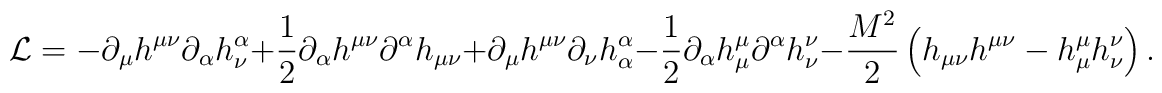
{\cal L}=-\partial _{\mu }h^{\mu \nu }\partial _{\alpha }h_{\nu}^{\alpha }+ \frac{1}{2}\partial _{\alpha }h^{\mu \nu }\partial^{\alpha }h_{\mu \nu }+\partial _{\mu }h^{\mu \nu }\partial _{\nu}h_{\alpha }^{\alpha }-\frac{1}{ 2}\partial _{\alpha }h_{\mu}^{\mu }\partial ^{\alpha }h_{\nu }^{\nu }-\frac{ M^{2}}{2}\left(h_{\mu \nu }h^{\mu \nu }-h_{\mu }^{\mu }h_{\nu }^{\nu }\right) .